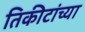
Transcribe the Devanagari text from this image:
तिकीटांच्या